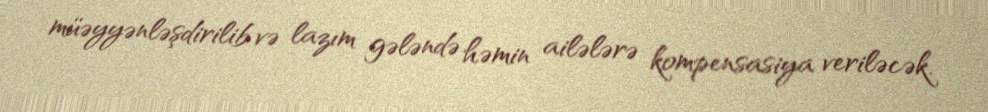
müəyyənləşdirilib və lazım gələndə həmin ailələrə kompensasiya veriləcək.